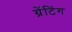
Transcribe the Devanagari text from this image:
ग्रेंटिंग